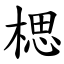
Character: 楒